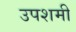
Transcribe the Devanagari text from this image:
उपशमी